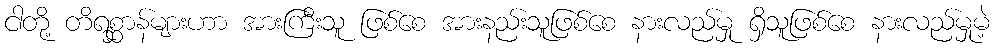
ငါတို့ တိရစ္ဆာန်များဟာ အားကြီးသူ ဖြစ်စေ အားနည်းသူဖြစ်စေ နားလည်မှု ရှိသူဖြစ်စေ နားလည်မှုမဲ့